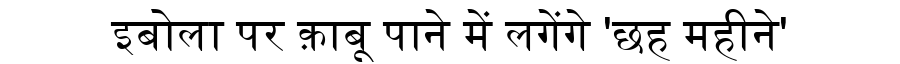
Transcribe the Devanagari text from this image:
इबोला पर क़ाबू पाने में लगेंगे 'छह महीने'